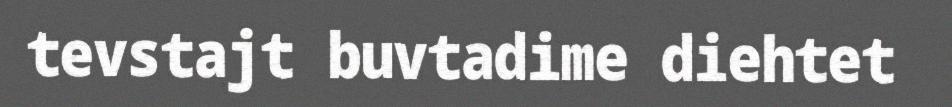
tevstajt buvtadime diehtet